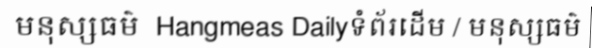
មនុស្សធម៌  Hangmeas Dailyទំព័រដើម / មនុស្សធម៌